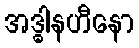
အဒ္ဓါနဟီနော